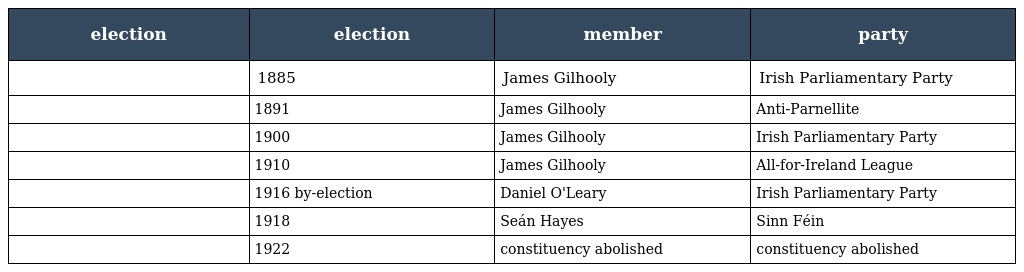
| election | election | member | party |
 | --- | --- | --- | --- |
 |  | 1885 | James Gilhooly | Irish Parliamentary Party |
 |  | 1891 | James Gilhooly | Anti-Parnellite |
 |  | 1900 | James Gilhooly | Irish Parliamentary Party |
 |  | 1910 | James Gilhooly | All-for-Ireland League |
 |  | 1916 by-election | Daniel O'Leary | Irish Parliamentary Party |
 |  | 1918 | Seán Hayes | Sinn Féin |
 |  | 1922 | constituency abolished | constituency abolished |